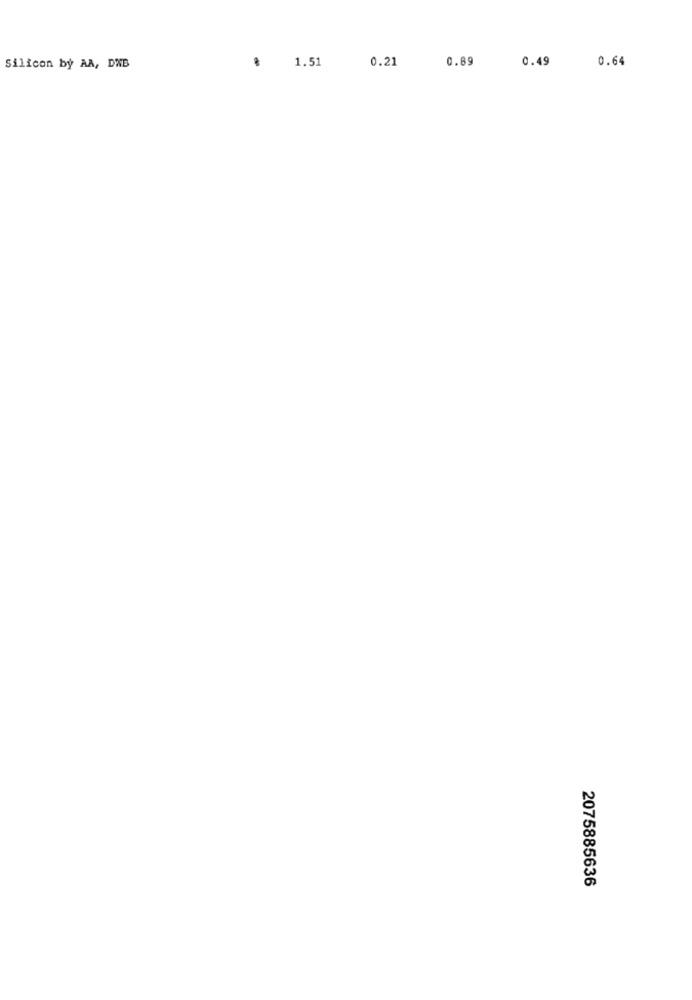
.
1.51
0.21
0.89
0.49
0.64
Silicon by AA, DNB
2075885636